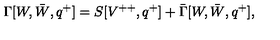
\Gamma [ W , \bar { W } , q ^ { + } ] = S [ V ^ { + + } , q ^ { + } ] + \bar { \Gamma } [ W , \bar { W } , q ^ { + } ] ,